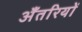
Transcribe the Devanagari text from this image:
अँतरियों